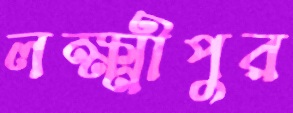
লক্ষ্মীপুর